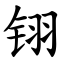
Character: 䦀